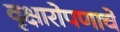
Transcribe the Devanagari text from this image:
वृक्षारोपणाचे